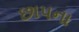
છાપના